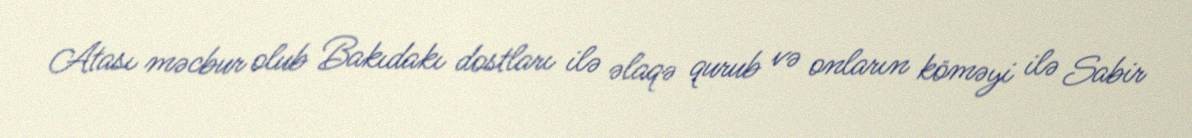
Atası məcbur olub Bakıdakı dostları ilə əlaqə qurub və onların köməyi ilə Sabir